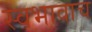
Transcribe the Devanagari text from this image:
स्वभावाच